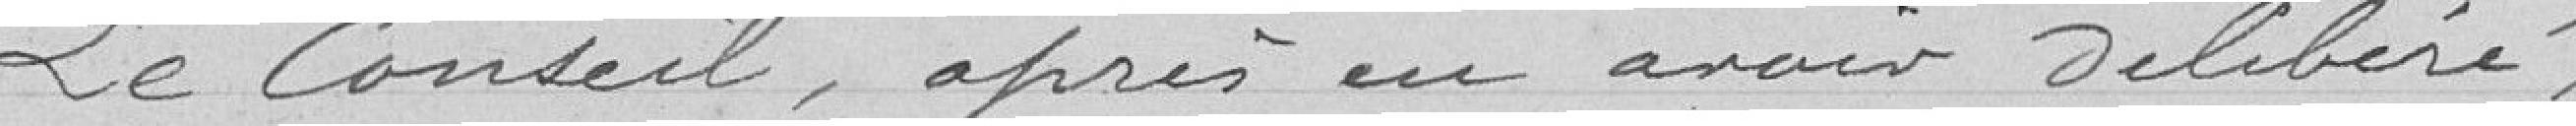
Le Conseil, après en avoir délibéré :